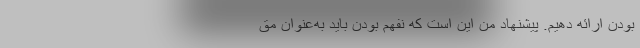
بودن ارائه دهیم. پیشنهاد من این است که نفهم بودن باید به‌عنوان مق